Annual report on the working of the Harcourt Butler Institute of Public Health, Rangoon
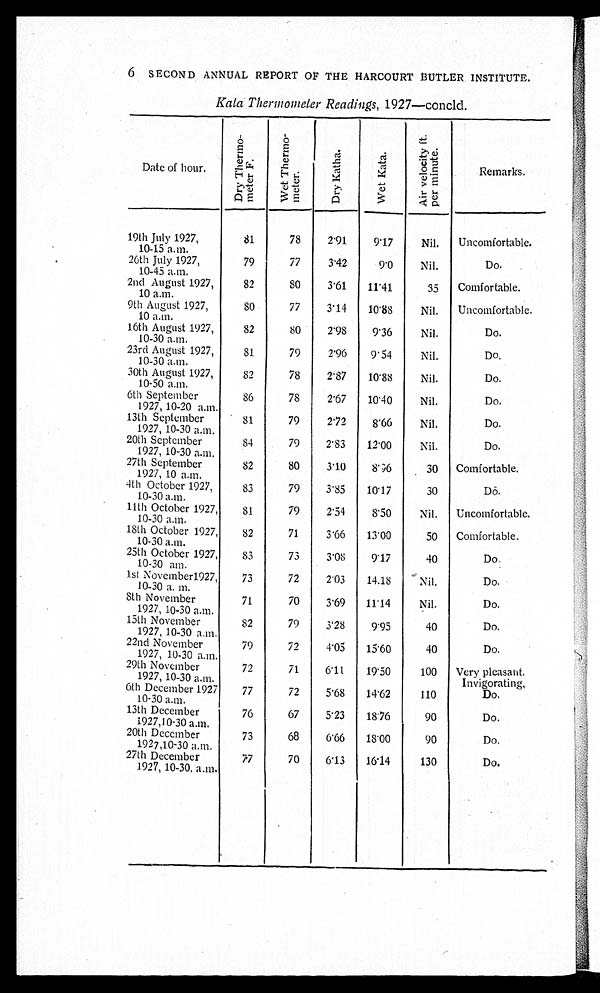
6 SECOND ANNUAL REPORT OF THE HARCOURT BUTLER INSTITUTE.
Kala Thermometer Readings , 1927—concld.
Date of hour.
D r y T h e r m o m e t e r F .
W e t T h e r m o m e t e r .
D r y K a t h a .
W e t K a t a .
A i r v e l o c i t y f t . p e r m i n u t e .
Remarks.
19th July 1927,
10-15 a.m.
81
78
2.91
9.17
Nil. Uncomfortable.
26th July 1927,
10-45 a.m.
79
77
3.42
9.0
Nil.
Do.
2nd August 1927,
10 a.m.
82
80
3.61
11.41
35 Comfortable.
9th August 1927,
10 a.m.
8 0 77
3.14
10.88
Nil.
Uncomfortable.
16th August 1927,
10-30 a.m.
82
80
2.98
9.36
Nil.
Do.
23rd August 1927,
10-30 a.m.
81
79
2.96
9.54
Nil.
Do.
30th August 1927,
10-50 a.m.
82
78
2.87
10.88
Nil.
Do.
6th September
1927, 10-20 a.m.
86
78
2.67
10.40
Nil.
Do.
13th September
1927, 10-30 a.m.
81
79
2.72
8.66
Nil.
Do.
20th September
1927, 10-30 a.m.
84
79
2.83
12.00
Nil.
Do.
27th September
1927, 10 a.m.
82
80
3.10
8.96
30 Comfortable.
4th October 1927,
10-30 a.m.
83
79
3.85
10.17
30
Do.
11th October 1927,
10-30 a.m.
81
79
2.54
8.50
Nil.
Uncomfortable.
18th October 1927,
10-30 a.m.
8 2 71
3.66
13.00
50 Comfortable.
25th October 1927,
10-30 a.m.
83
73
3.08
9.17
40
Do.
1st November1927,
10-30 a.m.
73
72
2.03
14.18
Nil.
Do.
8th November
1927, 10-30 a.m.
71
70
3.69
11.14
Nil.
Do.
15th November
1927, 10-30 a.m.
82
79
3.28
9.95
40
Do.
22nd November
1927, 10-30 a.m.
79
72
4.05
15.60
40
Do.
29th November
1927, 10-30 a.m.
72
71
6.11
19.50
100 Very pleasant.
Invigorating.
6th December 1927
10-30 a.m.
77
72
5.68
14.62
110
Do.
13th December
1927,10-30 a.m.
76
67
5.23
18.76
90
Do.
20th December
1927,10-30 a.m.
73
68
6.66
18.00
90
D o .
27th December
1927, 10-30. a.m.
77
70
6.13
16.14
130
Do.